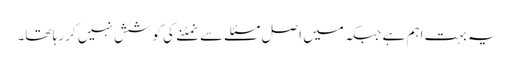
یہ بہت اہم ہے جبکہ میں اصل مسئلے سے نمٹنے کی کوشش نہیں کر رہا تھا۔